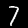
Digit: 7